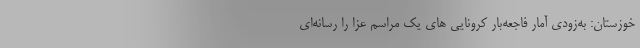
خوزستان: به‌زودی آمار فاجعه‌بار کرونایی های یک مراسم عزا را رسانه‌ای